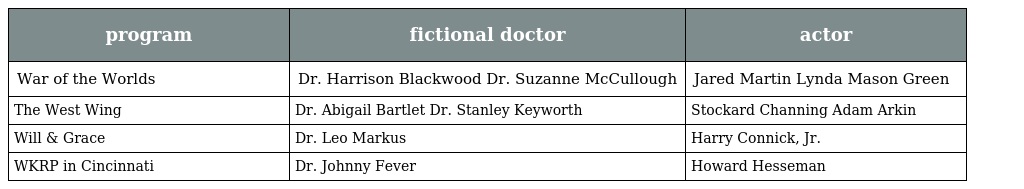
| program | fictional doctor | actor |
 | --- | --- | --- |
 | War of the Worlds | Dr. Harrison Blackwood Dr. Suzanne McCullough | Jared Martin Lynda Mason Green |
 | The West Wing | Dr. Abigail Bartlet Dr. Stanley Keyworth | Stockard Channing Adam Arkin |
 | Will & Grace | Dr. Leo Markus | Harry Connick, Jr. |
 | WKRP in Cincinnati | Dr. Johnny Fever | Howard Hesseman |